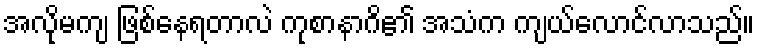
အလိုမကျ ဖြစ်နေရတာလဲ ကုစာနာဂိ၏ အသံက ကျယ်လောင်လာသည်။